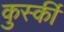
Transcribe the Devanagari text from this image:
कुर्स्की